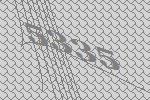
5335